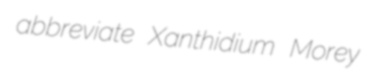
abbreviate Xanthidium Morey